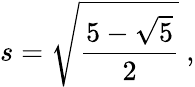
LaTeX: s={\sqrt{\frac{5-{\sqrt{5}}}{2}}}\ ,